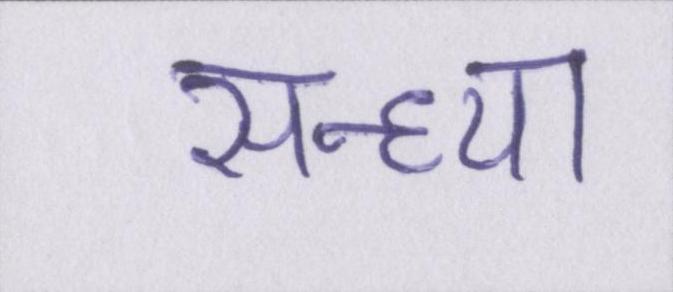
सन्ध्या